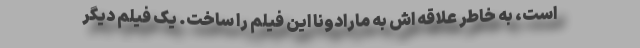
است، به خاطر علاقه اش به مارادونا این فیلم را ساخت. یک فیلم دیگر